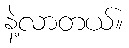
နဲ့လာတယ်။